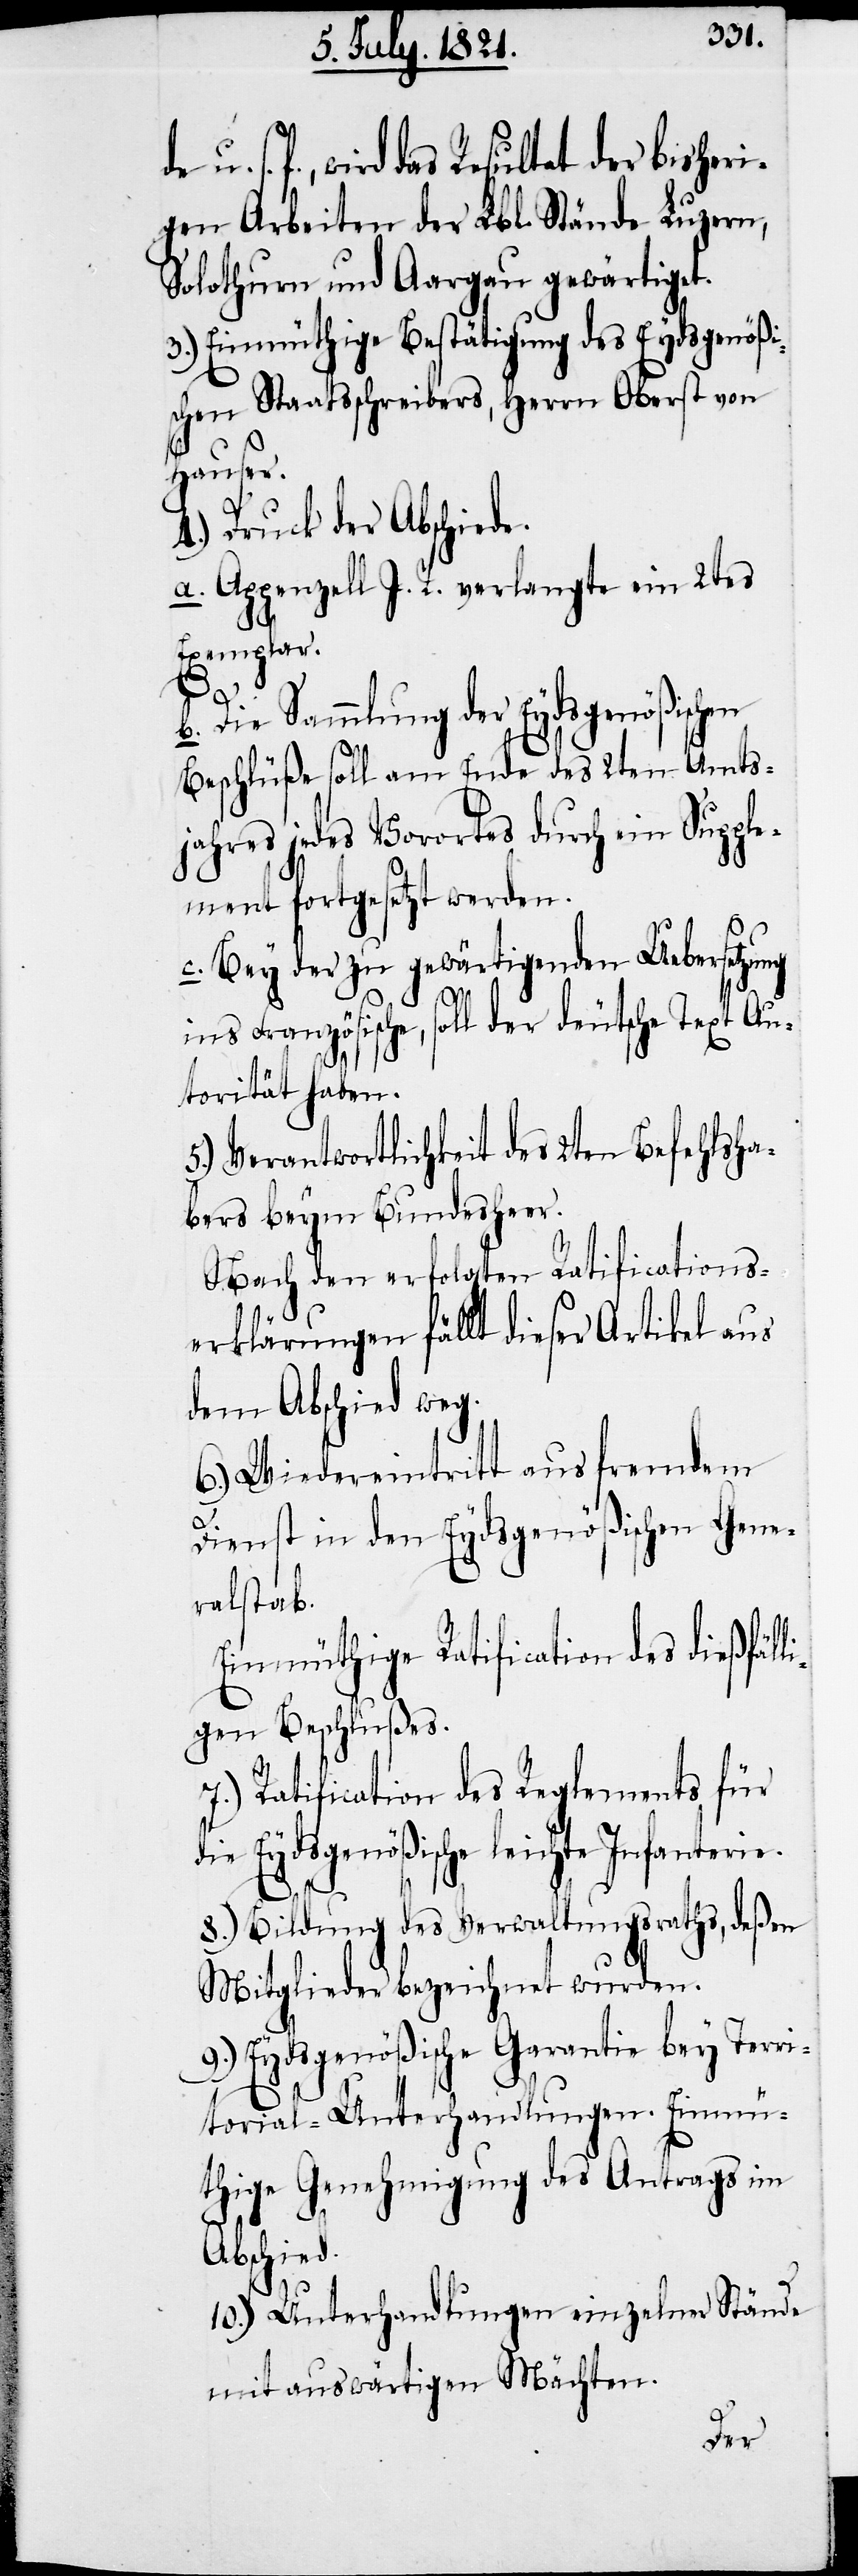
den trefflichen Bericht den beßten
gen Arbeiten der Lbl. Stände Luzern,
Solothurn und Aargau gewärtiget.
3.) Einmüthige Bestätigung des Eydsgenößi¬
schen Staatsschreibers, Herrn Oberst von
geäußert
4.) Druck der Abschiede.
a. Appenzell I. R. verlangte ein 2tes
Exemplar.
b. Die Sammlung der Eydsgenößischen
Beschlüße soll am Ende des 2ten Amts¬
jahres jedes Vorortes durch ein Supple¬
ment fortgesetzt werden.
c. Bey der zu gewärtigenden Uebersetzung
ins Französische, soll der deutsche Text Au¬
torität haben.
5.) Verantwortlichkeit des 2ten Befehlsha¬
bers beym Bundesheer.
Nach den erfolgten Ratifications¬
erklärungen fällt dieser Artikel aus
dem Abschied weg.
6.) Wiedereintritt aus fremdem
1.
Dienst in den Eydsgenößischen Gene¬
ralstab.
Einmüthige Ratification des dießfäl¬
ligen Beschlußes.
Ratification des Reglements für
die Eydsgenößische leichte Infanterie.
8.) Bildung des Verwaltungsraths, deßen
Mitglieder bezeichnet wurden.
9.) Eydsgenößische Garantie bey Terri¬
torial-Unterhandlungen. Einmü¬
thige Genehmigung des Antrags im
ihres
10.) Unterhandlungen einzelner Stände
mit auswärtigen Mächten.
der